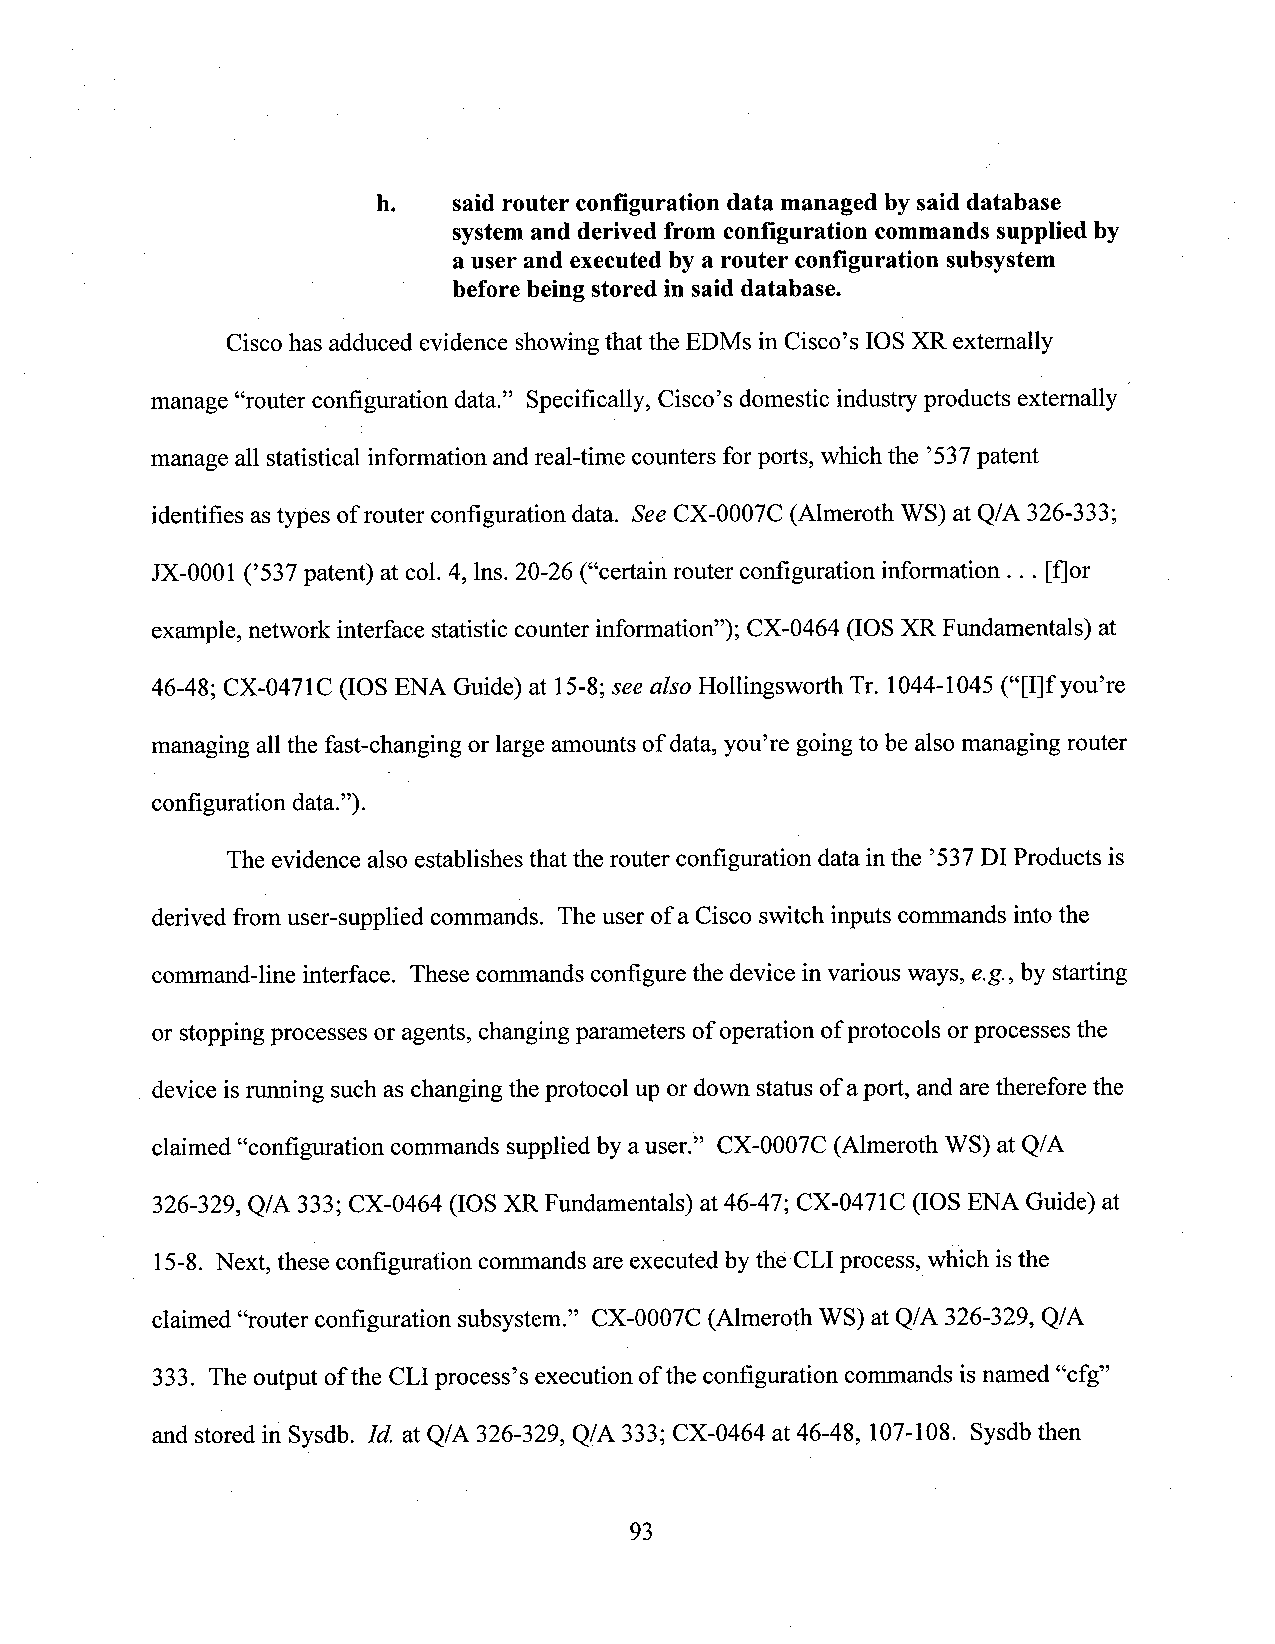
h.   said router configuration data managed bysaid database
 systemand derived from configuration commands supplied by
 a user and executedby a router configuration subsystem
 '  before being stored in said database.
 Cisco has adduced evidence showingthat the EDMs in Cisco’s IOS XR externally
 manage “router configuration data.” Specifically, Cisco’s domestic industryproducts externally
 manage all statistical information andreal-time counters forports, which the ’537patent
 identifies astypes ofrouter configuration data. SeeCX-0007C (Almeroth WS) at Q/A 326-333;
 JX-0001 (’537 patent) at col. 4, lns. 20-26 (“certain router configuration information . . . [flor
 example, network interface statistic counter information”); CX-0464 (IOSXR Fundamentals) at
 46-48; CX-0471C (IOS ENA Guide) at 15-8;see also Hollingsworth Tr. 1044-1045 (“[l]f you’re
 managing allthe fast-changing or large amounts of data, you’re goingto be also managing router
 configuration data”). 3                       '
 The evidence also establishes that the router configuration data inthe ’537DI Products is
 derived from user-supplied commands. The user of a Cisco switch inputs commands into the
 cornmand-line interface. These commands configure the device in various ways, e.g., by starting
 or stoppingprocesses or agents, changingparameters ofoperation ofprotocolshorprocesses the
 device isrunning such as changing theprotocol up or down status of aport, and aretherefore the
 claimed “configuration commands suppliedby auser.” CX-0007C (Almeroth WS) at Q/A
 326-329, Q/A 333; CX-0464 (IOS XR Fundamentals) at46-47; CX-0471C (IOS ENA Guide) at
 15-8. Next, these configuration commands are executed by the CLI process, which isthe
 claimed “router configuration subsystem.” CX-0007C (Almeroth WS) at Q/A 326-329, Q/A
 333. The output ofthe CLIprocess’s execution of the configuration commands isnamed “cfg”
 and stored in Sysdb. Id. at Q/A 326-329, Q/A 333; CX-0464 at 46-48, 107-108. Sysdb then
 93